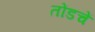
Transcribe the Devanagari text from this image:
तोंडचें